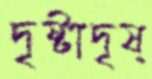
দৃষ্টাদৃষ্